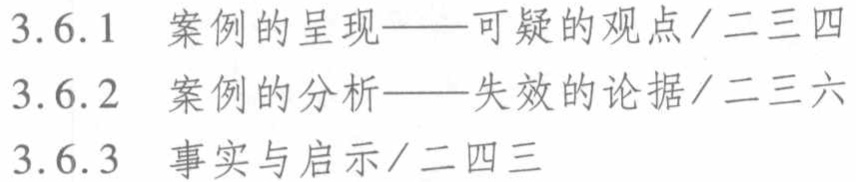
3.6.1 案例的呈现——可疑的观点/二三四
3.6.2 案例的分析——失效的论据/二三六
3.6.3 事实与启示/二四三